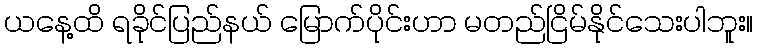
ယနေ့ထိ ရခိုင်ပြည်နယ် မြောက်ပိုင်းဟာ မတည်ငြိမ်နိုင်သေးပါဘူး။